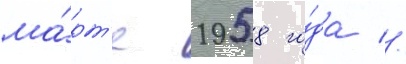
ма́рт'е 1958 го́да //